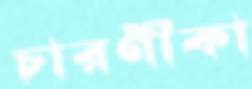
চারণীকা